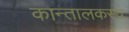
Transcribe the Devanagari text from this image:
कान्तालकस्य